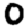
Digit: 0